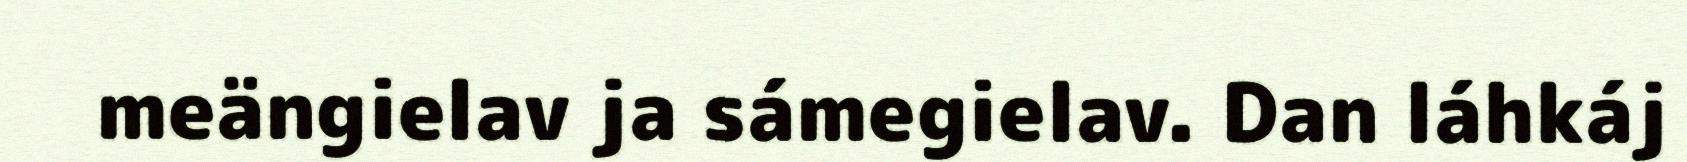
meängielav ja sámegielav. Dan láhkáj